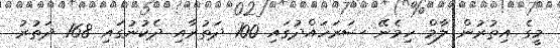
މީގެ އިތުރުން ލާމް ހިމެނޭ ސަރަހައްދުގައި 100 ދަތުރާއި ދެކުނުގައި 168 ދަތުރު